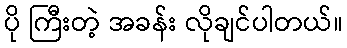
ပို ကြီးတဲ့ အခန်း လိုချင်ပါတယ်။